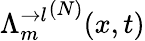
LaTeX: {\Lambda_{m}^{\rightarrow l}}^{(N)}(x,t)